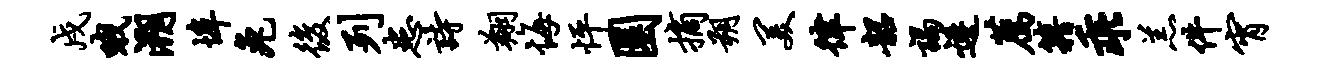
戍哦溯埠兔后列患诗翔悔怦圜摘朔美律韶谒逶荐籍乖羔件宵